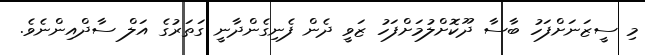
މި ސީޒަނަށްފަހު ބާސާ ދޫކޮށްލުމަށްފަހު ޒަވީ ދެން ފެނިގެންދާނީ ގަތަރުގެ އަލް ސާދްއިންނެވެ.